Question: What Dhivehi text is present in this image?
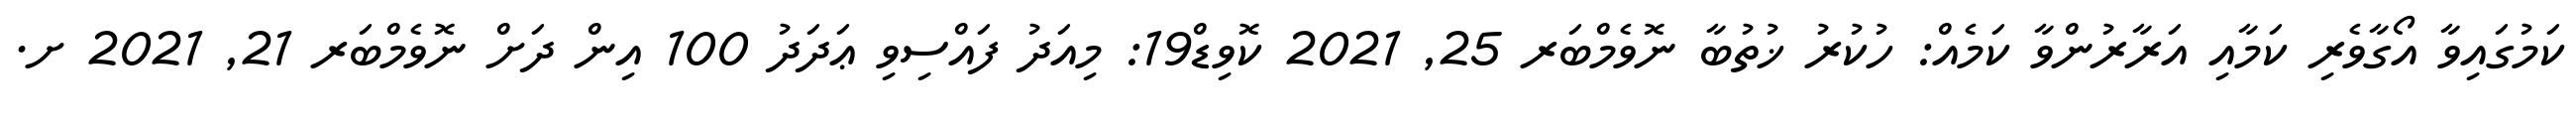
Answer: ކަމުގައިވާ އޯގާވެރި ކަމާއި އަރާރުންވާ ކަމެއް: ހުކުރު ޚުތުބާ ނޮވެމްބަރ 25, 2021 ކޮވިޑް19: މިއަދު ފައްސިވި ޢަދަދު 100 އިން ދަށް ނޮވެމްބަރ 21, 2021 ށ.